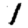
Digit: 1